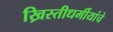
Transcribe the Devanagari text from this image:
ख्रिस्तीधर्मीयांचे